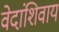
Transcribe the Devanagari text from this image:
वेदांशिवाय